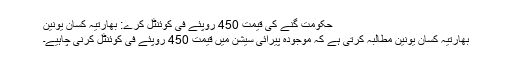
حکومت گنے کی قیمت 450 روپئے فی کوئنٹل کرے: بھارتیہ کسان یونین
بھارتیہ کسان یونین مطالبہ کرتی ہے کہ موجودہ پیرائی سیشن میں قیمت 450 روپئے فی کوئنٹل کرنی چاہیے۔